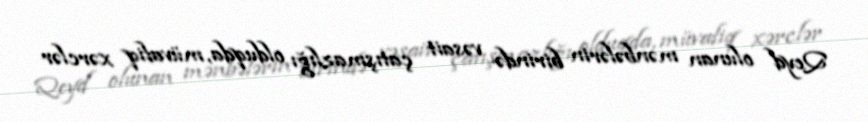
Qeyd olunan mənbələrin birində vəsait çatışmazlığı olduqda, müvafiq xərclər